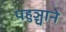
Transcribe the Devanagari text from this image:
पहुञ्चाने